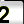
Digit: 2